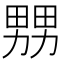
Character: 𤲶